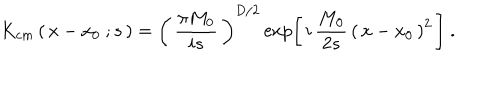
LaTeX: K _ { c m } \left( \, x - x _ { 0 } \ ; s \, \right) = \left( \, { \frac { \pi M _ { 0 } } { i s } } \, \right) ^ { D / 2 } \exp \left[ \, i \, { \frac { M _ { 0 } } { 2 s } } \, \left( \, x - x _ { 0 } \, \right) ^ { 2 } \, \right] \ .